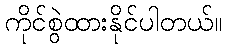
ကိုင်စွဲထားနိုင်ပါတယ်။